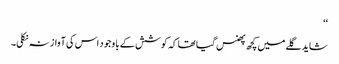
‘‘
شاید گلے میں کچھ پھنس گیا تھا کہ کوشش کے با وجود اس کی آواز نہ نکلی۔